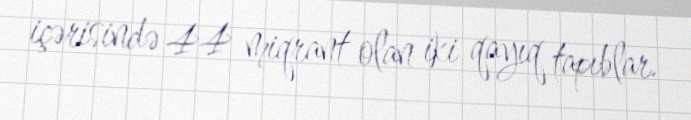
içərisində 44 miqrant olan iki qayıq tapıblar.